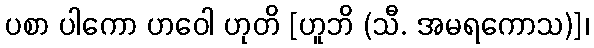
ပစာ ပါကော ဟဝေါ ဟုတိ [ဟူဘိ (သီ. အမရကောသ)]၊